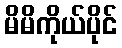
မိမိကိုယ်ပိုင်